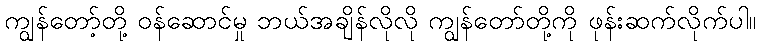
ကျွန်တော့်တို့ ဝန်ဆောင်မှု ဘယ်အချိန်လိုလို ကျွန်တော်တို့ကို ဖုန်းဆက်လိုက်ပါ။